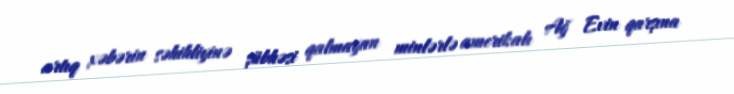
artıq xəbərin səhihliyinə şübhəsi qalmayan minlərlə amerikalı Ağ Evin qarşına